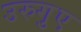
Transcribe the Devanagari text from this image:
उरुगुए